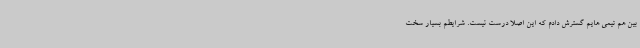
بین هم تیمی هایم گسترش دادم که این اصلا درست نیست. شرایطم بسیار سخت